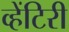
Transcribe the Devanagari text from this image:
व्हेंटिरी